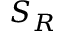
S _ { R }